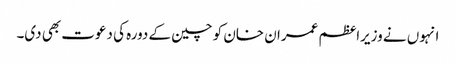
انہوں نے وزیراعظم عمران خان کو چین کے دورہ کی دعوت بھی دی۔